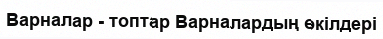
Варналар - топтар Варналардың өкілдері